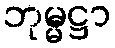
ဘုမ္မဋ္ဌာ